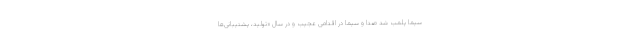
سیما پلمب شد صدا و سیما در اقدامی عجیب و در سال «تولید، پشتیبانی‌ها